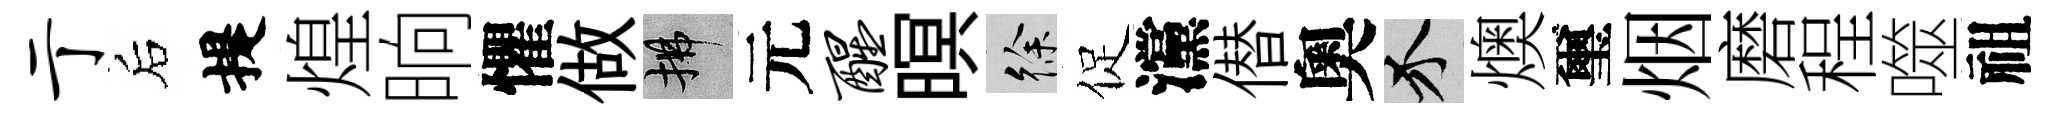
亍后提煌晌懼做拂元醒暝徐促灙僣奧介燠璽烟磨程噬祖